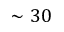
\sim 3 0